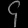
Digit: ၄